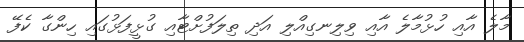
މާލެ އާއި ހުޅުމާލެ އާއި ވިލިނގިއްލި އަދި ތިލަފުށްޓާއި ގުޅީފަޅުގައި ހިންގާ ކެފޭ